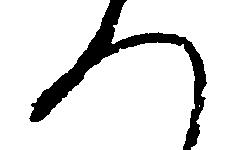
へ